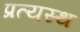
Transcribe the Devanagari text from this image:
प्रत्यस्थ